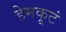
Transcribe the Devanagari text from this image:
हेमकूटं